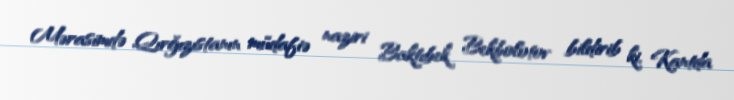
Mərasimdə Qırğızıstanın müdafiə naziri Baktıbek Bekbolotov bildirib ki, Kantda